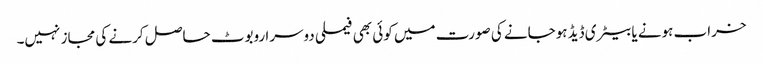
خراب ہونے یا بیٹری ڈیڈ ہوجانے کی صورت میں کوئی بھی فیملی دوسرا روبوٹ حاصل کرنے کی مجاز نہیں۔